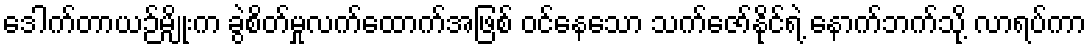
ဒေါက်တာယဉ်မျိုးက ခွဲစိတ်မှုလက်ထောက်အဖြစ် ဝင်နေသော သက်ဇော်နိုင်ရဲ့ နောက်ဘက်သို့ လာရပ်ကာ